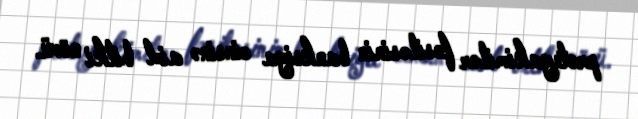
proteyakimilər fəsiləsinin banksiya cinsinə aid bitki növü.